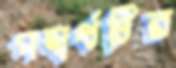
পদার্থটির